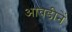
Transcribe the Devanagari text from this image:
आवडीनें